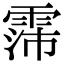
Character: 霈